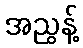
အညွန့်